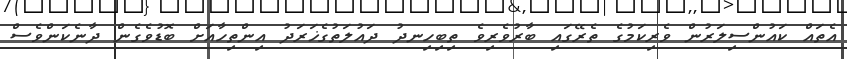
އެތައް ކައުންސިލަރުން ވެރިކަމުގެ ތެރޭގައި ބާރުވެރިވެ ތިބިހިނދު ދައުލަތުގެޚަރަދު އިންތިހާއަށް ބޮޑުވެގެން ދާނެކަންވެސް